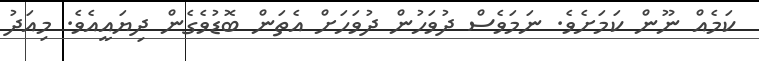
ކަމެއް ނޫން ކަމަށެވެ. ނަމަވެސް ދުވަހުން ދުވަހަށް އެތަން ބޮޑުވެގެން ދިޔައީއެވެ. މިއަދު